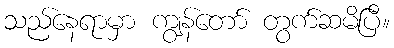
သည်နေရာမှာ ကျွန်တော် တွက်ဆမိပြီ။